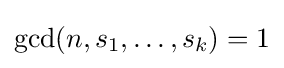
\gcd(n,s_{1},\ldots ,s_{k})=1